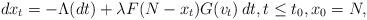
LaTeX: \begin{align*}dx_t=-\Lambda(dt)+\lambda F(N-x_t)G(v_t)\,dt, t\le t_0,x_0=N,\end{align*}